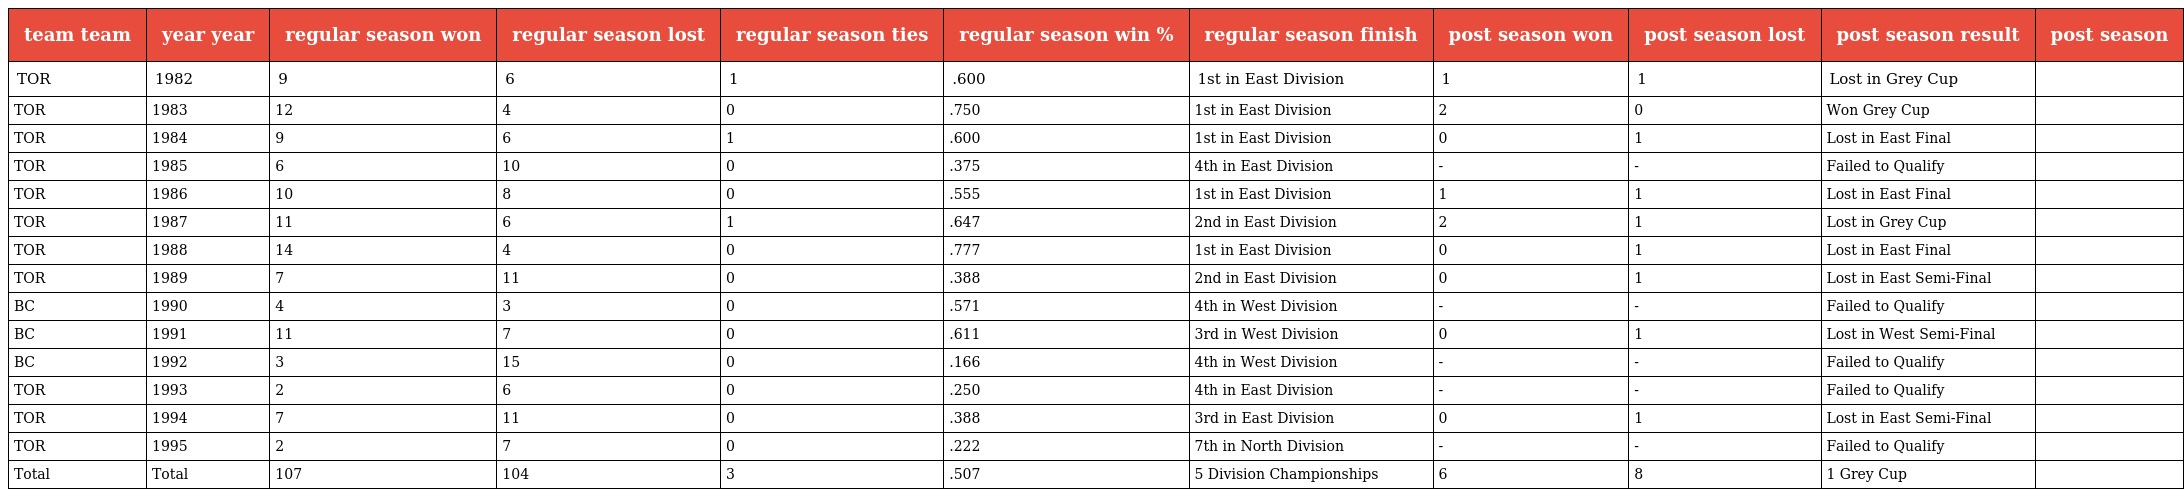
| team team | year year | regular season won | regular season lost | regular season ties | regular season win % | regular season finish | post season won | post season lost | post season result | post season |
 | --- | --- | --- | --- | --- | --- | --- | --- | --- | --- | --- |
 | TOR | 1982 | 9 | 6 | 1 | .600 | 1st in East Division | 1 | 1 | Lost in Grey Cup |  |
 | TOR | 1983 | 12 | 4 | 0 | .750 | 1st in East Division | 2 | 0 | Won Grey Cup |  |
 | TOR | 1984 | 9 | 6 | 1 | .600 | 1st in East Division | 0 | 1 | Lost in East Final |  |
 | TOR | 1985 | 6 | 10 | 0 | .375 | 4th in East Division | - | - | Failed to Qualify |  |
 | TOR | 1986 | 10 | 8 | 0 | .555 | 1st in East Division | 1 | 1 | Lost in East Final |  |
 | TOR | 1987 | 11 | 6 | 1 | .647 | 2nd in East Division | 2 | 1 | Lost in Grey Cup |  |
 | TOR | 1988 | 14 | 4 | 0 | .777 | 1st in East Division | 0 | 1 | Lost in East Final |  |
 | TOR | 1989 | 7 | 11 | 0 | .388 | 2nd in East Division | 0 | 1 | Lost in East Semi-Final |  |
 | BC | 1990 | 4 | 3 | 0 | .571 | 4th in West Division | - | - | Failed to Qualify |  |
 | BC | 1991 | 11 | 7 | 0 | .611 | 3rd in West Division | 0 | 1 | Lost in West Semi-Final |  |
 | BC | 1992 | 3 | 15 | 0 | .166 | 4th in West Division | - | - | Failed to Qualify |  |
 | TOR | 1993 | 2 | 6 | 0 | .250 | 4th in East Division | - | - | Failed to Qualify |  |
 | TOR | 1994 | 7 | 11 | 0 | .388 | 3rd in East Division | 0 | 1 | Lost in East Semi-Final |  |
 | TOR | 1995 | 2 | 7 | 0 | .222 | 7th in North Division | - | - | Failed to Qualify |  |
 | Total | Total | 107 | 104 | 3 | .507 | 5 Division Championships | 6 | 8 | 1 Grey Cup |  |